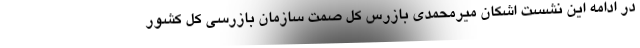
در ادامه این نشست اشکان میرمحمدی بازرس کل صمت سازمان بازرسی کل کشور